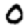
Digit: 0